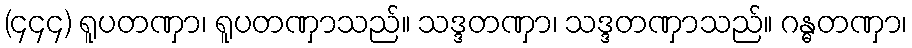
(၄၄၄) ရူပတဏှာ၊ ရူပတဏှာသည်။ သဒ္ဒတဏှာ၊ သဒ္ဒတဏှာသည်။ ဂန္ဓတဏှာ၊